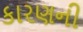
કારણની